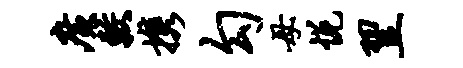
广较携勾母悦翌